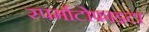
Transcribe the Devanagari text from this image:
स्पर्माटोफाइटा